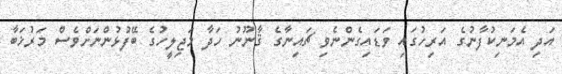
އަދި އެމަނިކުފާނުގެ އަރިހުގައި ވަޑައިގެންނެވި ޗައިނާގެ ޤާނޫނު ހަދާ މަޖިލީހުގެ ބޭފުޅުންނަށްވެސް މަރުޚަބާ